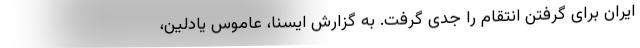
ایران برای گرفتن انتقام را جدی گرفت. به گزارش ایسنا، عاموس یادلین،